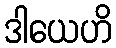
ဒါယေဟိ